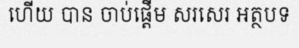
ហើយ បាន ចាប់ផ្តើម សរសេរ អត្ថបទ